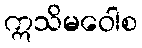
ဣသိမဝေါစ